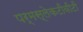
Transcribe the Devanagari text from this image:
पर्मस्लेकटीवीटी